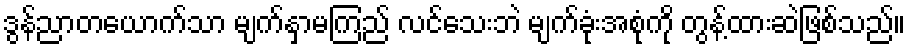
ဒွန်ညာတယောက်သာ မျက်နှာမကြည် လင်သေးဘဲ မျက်ခုံးအစုံကို တွန့်ထားဆဲဖြစ်သည်။